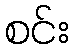
စင်း